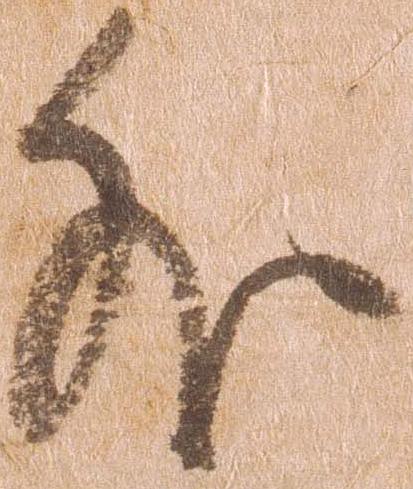
外